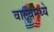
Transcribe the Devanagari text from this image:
वाल्वमध्ये